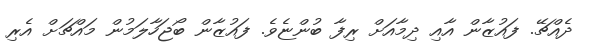
ދެއްޗޭ. ފައުޒާން އާއި ދިމާއަށް ރިފާ ބުންޏެވެ. ފައުޒާން ބޯޖަހާލަމުން މައްޗަށް އެރި